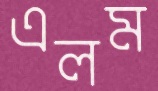
এলম